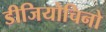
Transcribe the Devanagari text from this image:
डीजियोचिनो